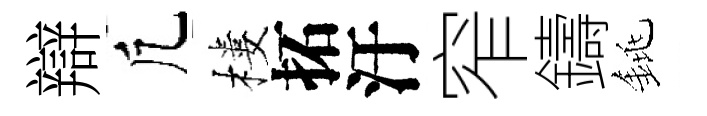
辯凢樓拓汙窄鑄銚